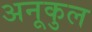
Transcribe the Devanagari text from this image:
अनूकुल